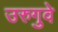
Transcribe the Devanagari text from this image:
उरुगुवे